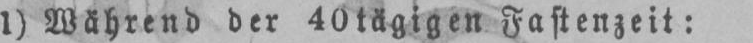
1) Während der 40 tägigen Fastenzeit: